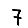
Digit: 7